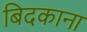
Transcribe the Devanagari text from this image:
बिदकाना